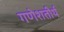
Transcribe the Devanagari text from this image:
गणेशतीर्थ